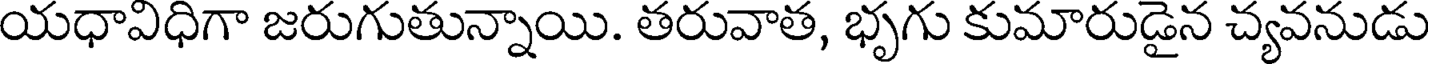
యధావిధిగా జరుగుతున్నాయి. తరువాత, భృగు కుమారుడైన చ్యవనుడు